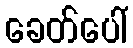
ခေတ်ပေါ်